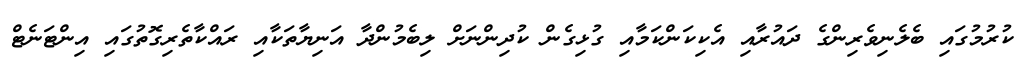
ކުރުމުގައި ބެލެނިވެރިންގެ ދައުރާއި އެކިކަންކަމާއި ގުޅިގެން ކުދިންނަށް ލިބެމުންދާ އަނިޔާތަކާއި ރައްކާތެރިގޮތުގައި އިންޓަނެޓް